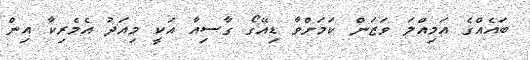
ބައެއްގެ އަމިއްލަ ވަޒަން ކަމަށްވާ ޑިއޭގޯ ގާސިއާ އަކީ މިއަދު އެމެރިކާ އިން